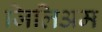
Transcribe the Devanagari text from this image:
जिलिअम